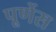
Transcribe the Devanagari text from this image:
पूर्णेस